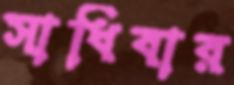
সাধিবার